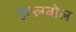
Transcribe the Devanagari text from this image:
हल्लबोल